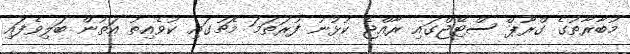
މުބާރާތުގެ ގްރޫޕް ސްޓޭޖްގައި ރާއްޖެ ކުޅުނު ފުރަތަމަ މެޗުގައި ކުވެއިތު އަތުން ބަލިވެފައި